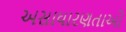
અસાધારણતાઓ